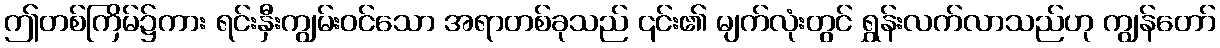
ဤတစ်ကြိမ်၌ကား ရင်းနှီးကျွမ်းဝင်သော အရာတစ်ခုသည် ၎င်း၏ မျက်လုံးတွင် ရွှန်းလက်လာသည်ဟု ကျွန်တော်